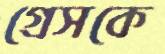
গ্রেসকে